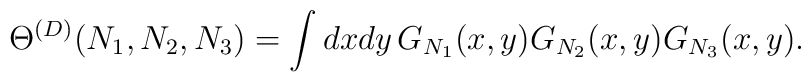
\Theta^{(D)}(N_1,N_2,N_3)= \int dx dy \, G_{N_1}(x,y) G_{N_2}(x,y) G_{N_3}(x,y).